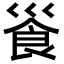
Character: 𩚓